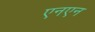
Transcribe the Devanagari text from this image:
एनएन